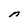
Character: r